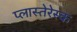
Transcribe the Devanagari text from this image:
प्लास्तेरेस्क